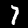
Digit: 7